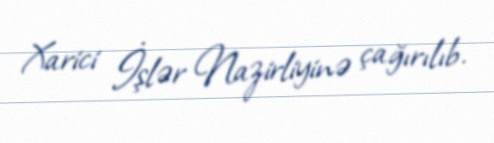
Xarici İşlər Nazirliyinə çağırılıb.